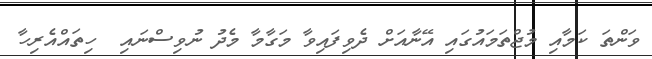
ވަންތަ ކަމާއި މުޖްތަމައުގައި އޭނާއަށް ދެވިފައިވާ މަގާމާ މެދު ނުވިސްނައި  ހިތައްއެރިހާ